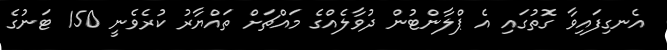
އެނގިފައިވާ ގޮތުގައި އެ ޕްލާންޓުން ދުވާލެއްގެ މައްޗަށް ތައްޔާރު ކުރެވެނީ 150 ޓަނުގެ